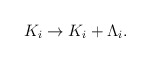
\begin{align*} K_i \rightarrow K_i + \Lambda_i.\end{align*}